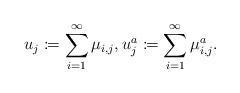
LaTeX: \begin{align*}u_j \coloneqq \sum_{i=1}^\infty\mu_{i,j}, u^a_j \coloneqq \sum_{i=1}^\infty\mu^a_{i,j}.\end{align*}